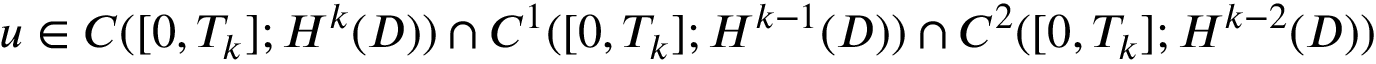
u \in C ( [ 0 , T _ { k } ] ; H ^ { k } ( D ) ) \cap C ^ { 1 } ( [ 0 , T _ { k } ] ; H ^ { k - 1 } ( D ) ) \cap C ^ { 2 } ( [ 0 , T _ { k } ] ; H ^ { k - 2 } ( D ) )